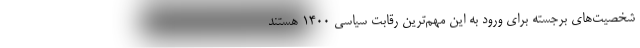
شخصیت‌های برجسته برای ورود به این مهم‌ترین رقابت سیاسی 1400 هستند